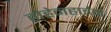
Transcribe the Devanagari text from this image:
होहेनहाईम